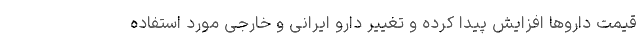
قیمت داروها افزایش پیدا کرده و تغییر دارو ایرانی و خارجی مورد استفاده